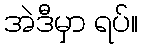
အဲဒီမှာ ရပ်။